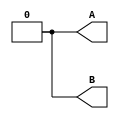
module tb1 (
    output reg  A,
    output reg  B
);

    initial begin
        A = 0;
        #10 
        A = 1;
        #10
        A = 0;
    end
    
    initial begin
        B = 0;
        #15
        B = 1;
        #25 
        B = 0;
    end


        

endmodule